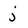
Character: j